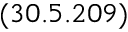
( 3 0 . 5 . 2 0 9 )